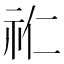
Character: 𮵘